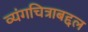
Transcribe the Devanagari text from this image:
व्यंगचित्राबद्दल